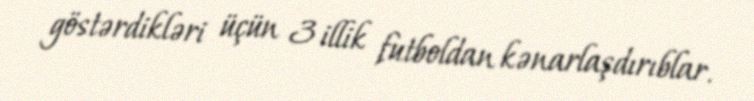
göstərdikləri üçün 3 illik futboldan kənarlaşdırıblar.